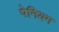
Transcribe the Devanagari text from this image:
पेनियम